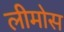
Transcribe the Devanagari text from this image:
लीमोस